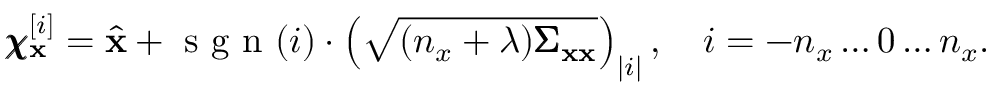
\pmb { \chi } _ { \mathbf { x } } ^ { [ i ] } = \hat { \mathbf { x } } + \mathrm { ~ s ~ g ~ n ~ } ( i ) \cdot \left( \sqrt { ( n _ { x } + \lambda ) \pmb { \Sigma } _ { \mathbf { x x } } } \right) _ { | i | } , \quad i = - n _ { x } \hdots 0 \hdots n _ { x } .